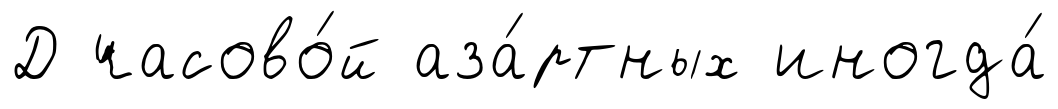
Д часово́й аза́ртных иногда́